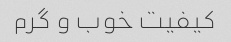
کیفیت خوب و گرم